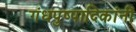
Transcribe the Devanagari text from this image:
गंधपुष्पादिकांनीं